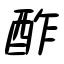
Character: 酢